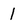
Character: 1